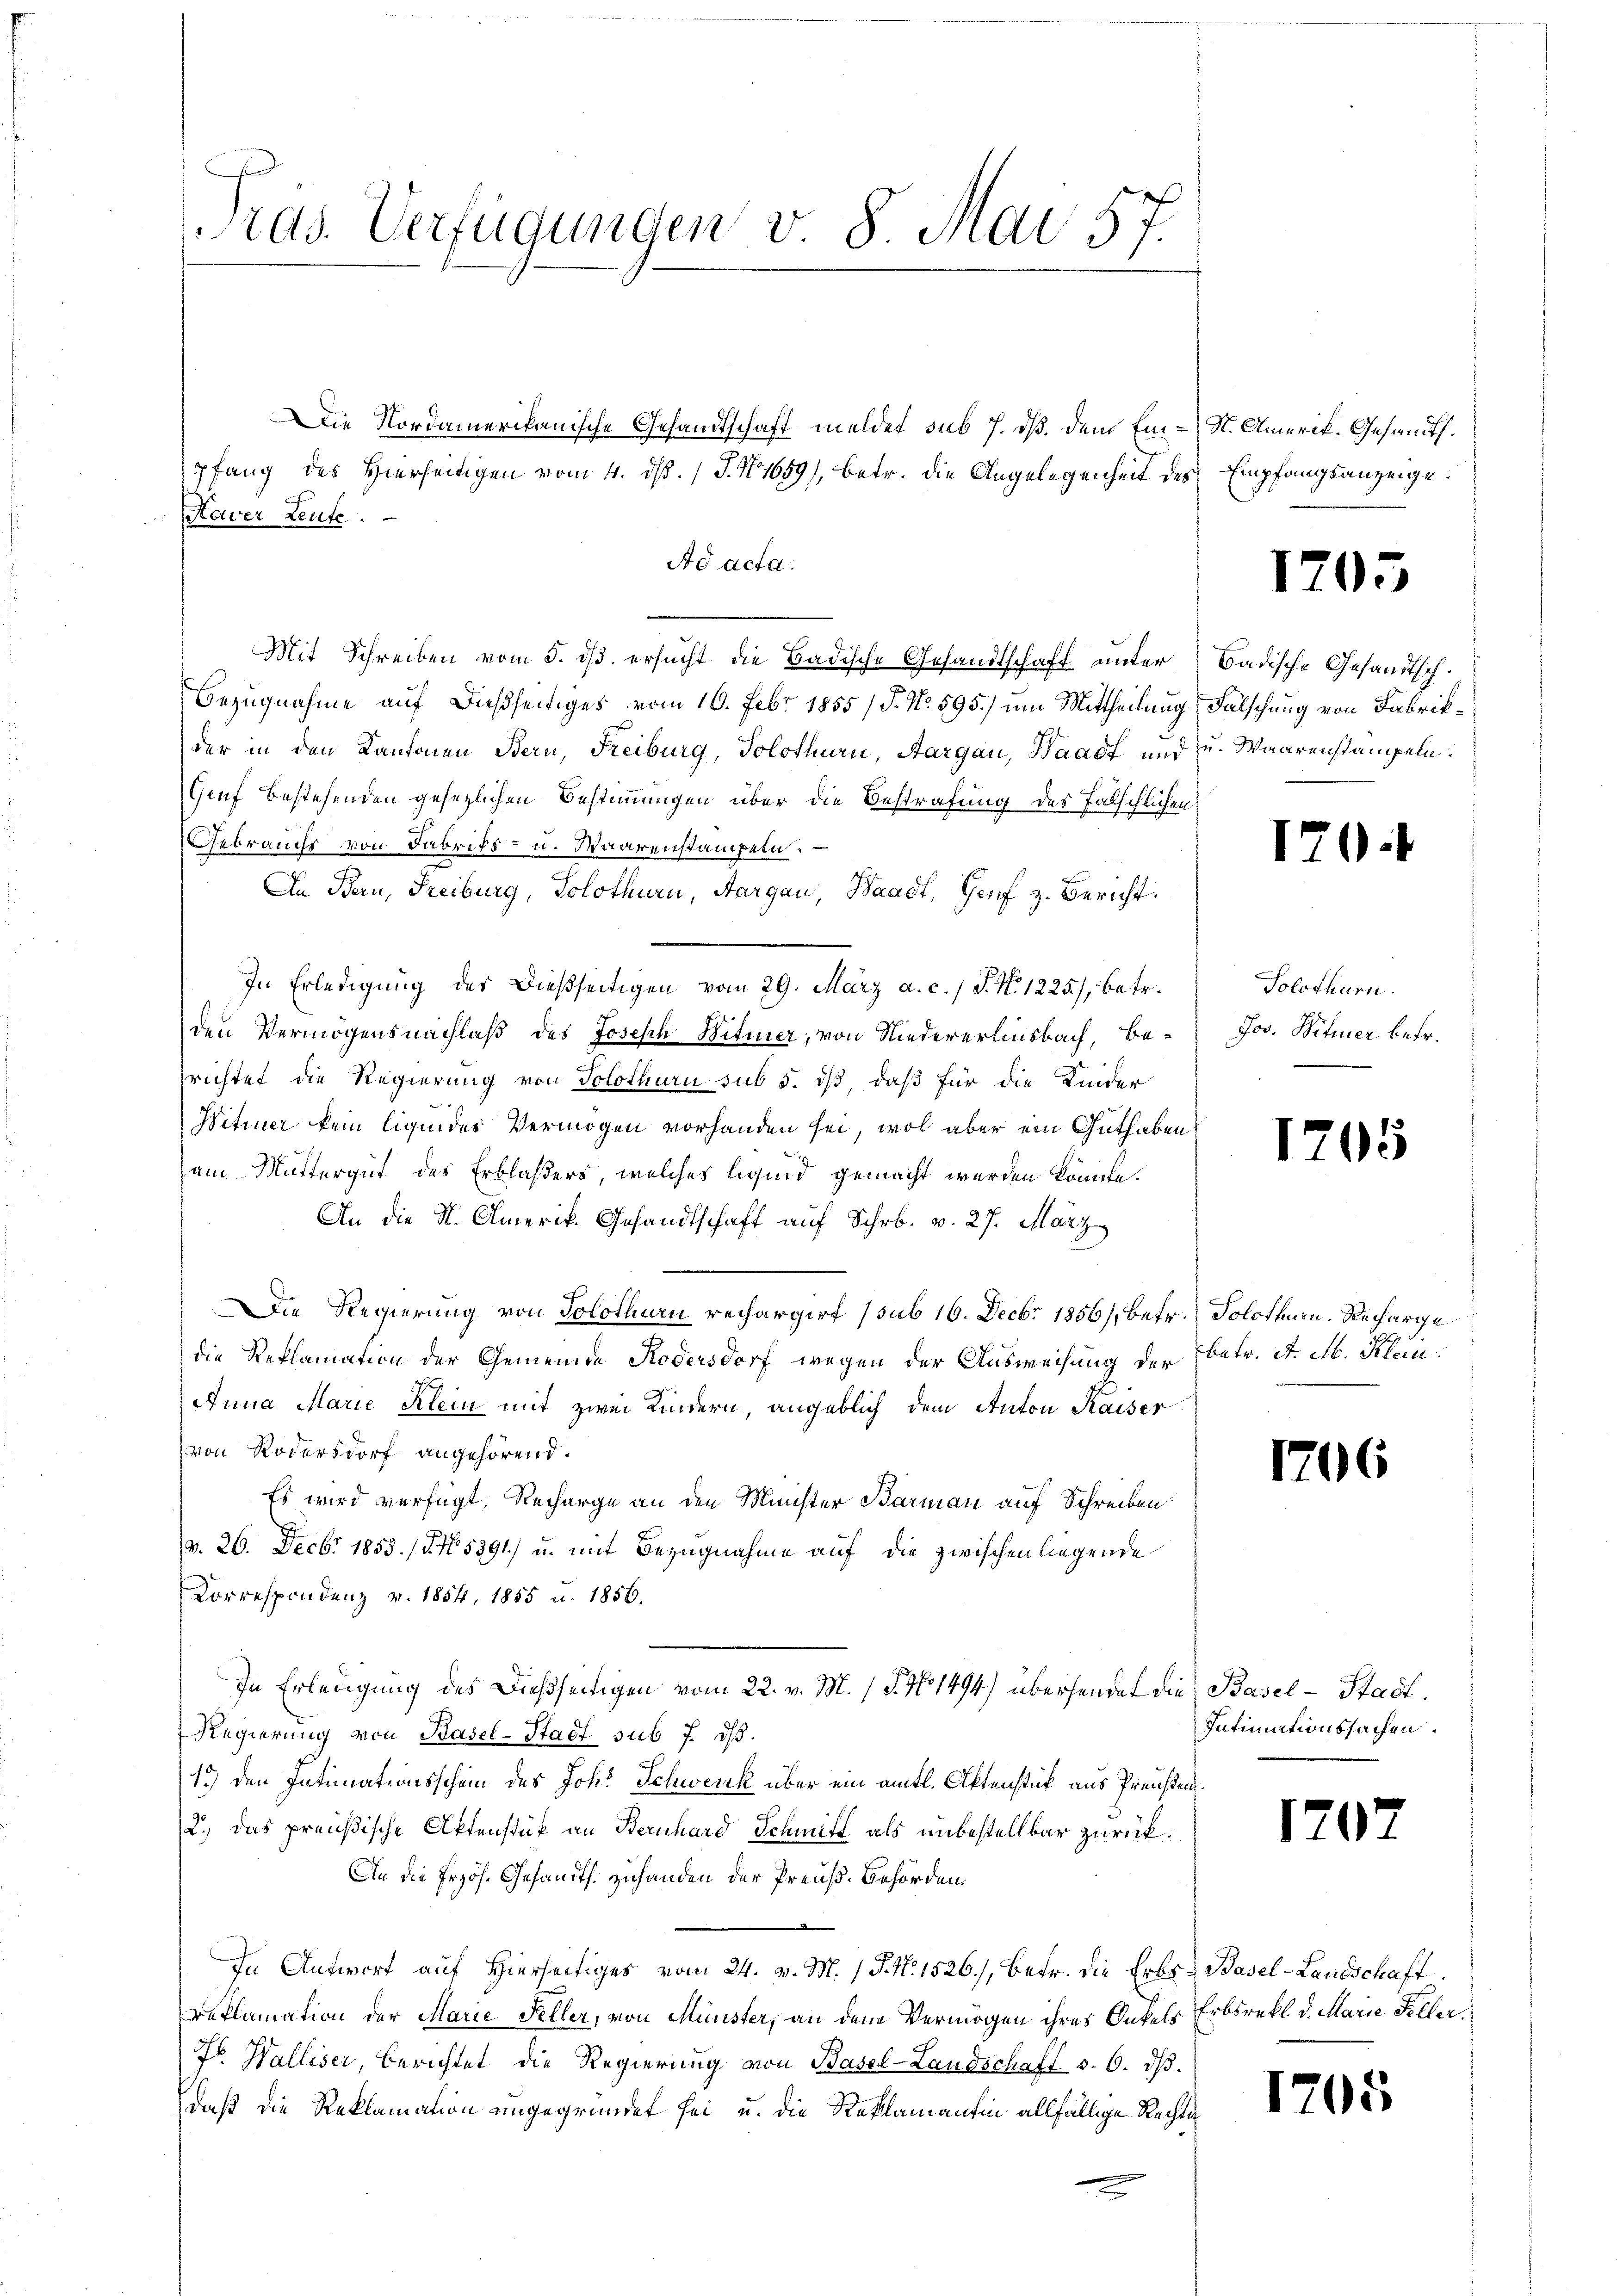
rds. Verfügungen v 8 Mai 57.

Kaver Leute.
Ad acta.
Mit Schreiben vom 5. dß ersucht die Badische Gesandtschaft unter
Bezugnahme auf dießseitiges vom 16. Febr. 1855 /J. No. 595.) um Mittheilung
der in den Kantonen Bern, Freiburg, Solothurn, Aargau, Waadt und zu. Waarenstämpeln.
Genf bestehenden gesetzlichen Bestimmungen über die Bestrafung des Patschlicher
Gebrauchs von Fabriks- u. Waarenstandeln.
An Bau, Freiburg, Solothurn, Aargau, Waadt, Genf z. Bericht.
In Erledigung der dießseitigen vom 29. März a. c. J. N. 1225), betr.
den Vermögensnachlaß des Joseph Witurer, von Niedererlinsbach, be-
richtet die Regierung von Solothurn sub 5. dß daß für die Kinder
Witier kein liquides Vermögen vorhanden sei, wol aber ein Guthaben
am Muttergut des Erblasers, welches liquid gemacht werden könnte.
An die St. Amerik. Gesandtschaft auf Schr. v. 27. März
Die Regierung von Solothurn rechargirt (sub 16. Decbr 1856), betr. Solothurn. Recharge
die Reklamation der Gemeinde Kodersdorf wegen der Ausweisung der betr. d. M. Klein
Anna Marie Klein mit zwei Kindern, angeblich dem Anton Kaiser
von Rodersdorf angehörend.
Es wird verfügt, Recharge an den Minister Barmann auf Schreiben
v. 26. Decbr 1853. /P.N 5391) u. mit Bezugnahme auf die zwischen liegende
Correspondenz v. 1854, 1855 u. 1856.
In Erledigung des Dießseitigen vom 22. v. M. / P. No 1494) übersendet die
Regierung von Basel-Stadt sub 7. ds.
13) den Intimationsschein des Joh. Schwenk über ein amtl. Aktenstück aus Preuße
2.) Das preußische Aktenstük an Bernhard Schmitt als unbestellbar zurück¬
An die Erzös. Gesandts. zuhanden der Preuß. Behörden.
e
In Antwort auf Hierseitiges vom 24. v. M. P. Nr. 1526), betr. die Erbs-Basel-Landschaft
reklamation der Marie Feller, von Münster, an den Vermögen ihres Onkels Erbsrekt d. Marie Feller
Fr. Walliser, berichtet die Regierŭng von Basel-Landschaft d. 6. dβ.
daß die Reklamation ungegründet sei, u. die Reklamantin allfällige Recht

Die Nordamerikanische Gesandtschaft meldet sub 7. dß. dem Einpfang des Hierseitigen vom 4. ds. / J. N. 1659), betr. die Angelegenheit de

St. Amerik. Gesandt.
 Empfangsanzeige.

.

1705

Badische Gesandtsch¬
Fälschung von Fabrik¬

170.

Solothurn.
Jos. Witier betr.

1205

1706

Basel-Stadt.
Intimationssachen.

1707

1705